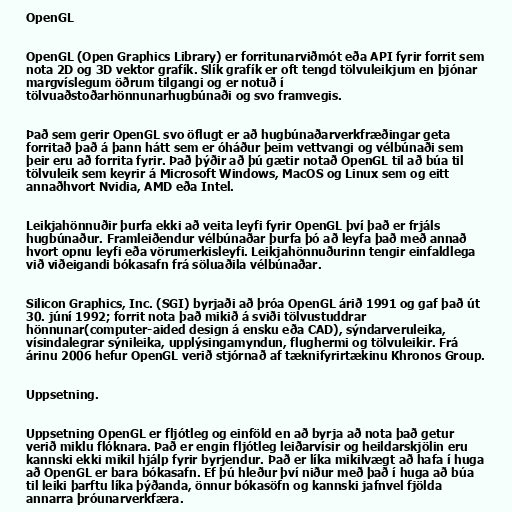
OpenGL

OpenGL (Open Graphics Library) er forritunarviðmót eða API fyrir forrit sem
nota 2D og 3D vektor grafík. Slík grafík er oft tengd tölvuleikjum en þjónar
margvíslegum öðrum tilgangi og er notuð í
tölvuaðstoðarhönnunarhugbúnaði og svo framvegis.

Það sem gerir OpenGL svo öflugt er að hugbúnaðarverkfræðingar geta
forritað það á þann hátt sem er óháður þeim vettvangi og vélbúnaði sem
þeir eru að forrita fyrir. Það þýðir að þú gætir notað OpenGL til að búa til
tölvuleik sem keyrir á Microsoft Windows, MacOS og Linux sem og eitt
annaðhvort Nvidia, AMD eða Intel.

Leikjahönnuðir þurfa ekki að veita leyfi fyrir OpenGL því það er frjáls
hugbúnaður. Framleiðendur vélbúnaðar þurfa þó að leyfa það með annað
hvort opnu leyfi eða vörumerkisleyfi. Leikjahönnuðurinn tengir einfaldlega
við viðeigandi bókasafn frá söluaðila vélbúnaðar.

Silicon Graphics, Inc. (SGI) byrjaði að þróa OpenGL árið 1991 og gaf það út
30. júní 1992; forrit nota það mikið á sviði tölvustuddrar
hönnunar(computer-aided design á ensku eða CAD), sýndarveruleika,
vísindalegrar sýnileika, upplýsingamyndun, flughermi og tölvuleikir. Frá
árinu 2006 hefur OpenGL verið stjórnað af tæknifyrirtækinu Khronos Group.

Uppsetning.

Uppsetning OpenGL er fljótleg og einföld en að byrja að nota það getur
verið miklu flóknara. Það er engin fljótleg leiðarvísir og heildarskjölin eru
kannski ekki mikil hjálp fyrir byrjendur. Það er líka mikilvægt að hafa í huga
að OpenGL er bara bókasafn. Ef þú hleður því niður með það í huga að búa
til leiki þarftu líka þýðanda, önnur bókasöfn og kannski jafnvel fjölda
annarra þróunarverkfæra.